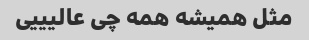
مثل همیشه همه چی عالیییی